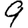
Digit: 9